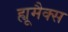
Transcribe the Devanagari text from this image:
ह्यूमैक्स